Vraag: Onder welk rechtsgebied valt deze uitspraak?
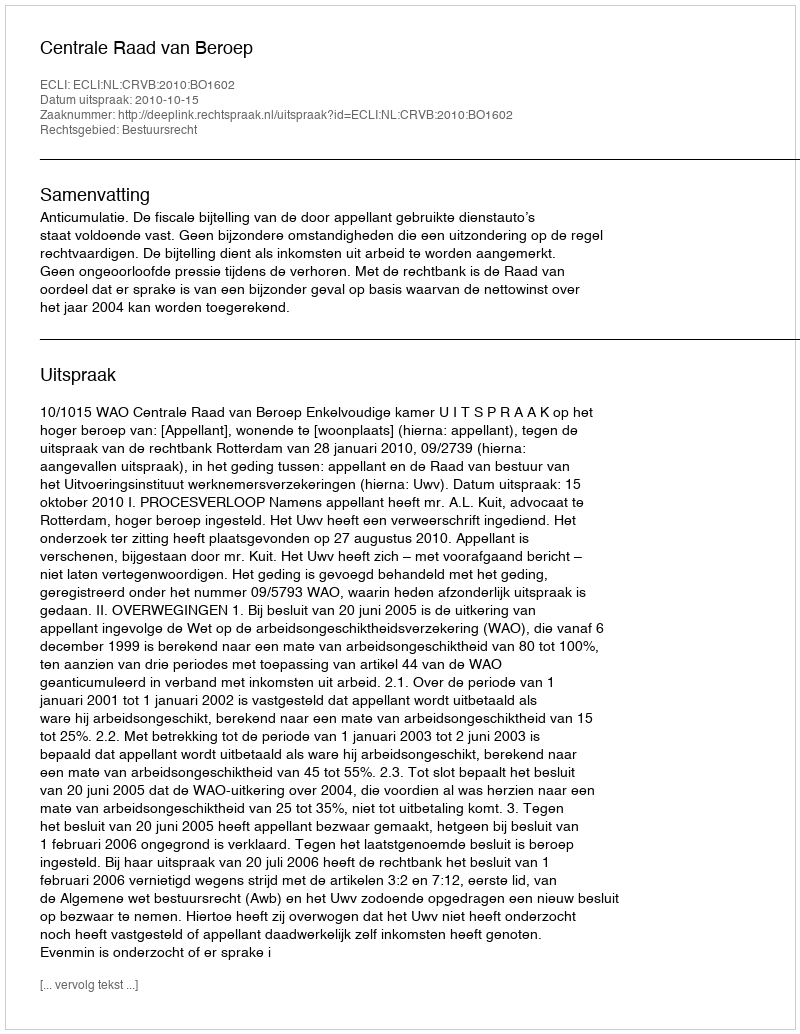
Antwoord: Bestuursrecht